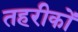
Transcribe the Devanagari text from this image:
तहरीकों